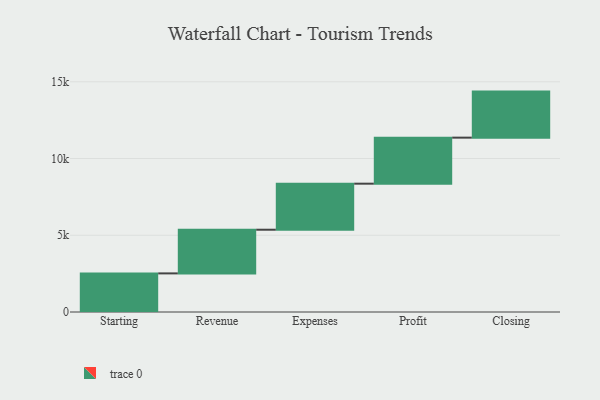
{"axis": {"x": "Step", "y": "Value"}, "legend": [""], "data": [{"x": "Starting", "y": 2516.0, "type": ""}, {"x": "Revenue", "y": 2845.0, "type": ""}, {"x": "Expenses", "y": 3000, "type": ""}, {"x": "Profit", "y": 3000, "type": ""}, {"x": "Closing", "y": 3000, "type": ""}]}